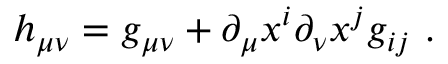
h _ { \mu \nu } = g _ { \mu \nu } + \partial _ { \mu } x ^ { i } \partial _ { \nu } x ^ { j } g _ { i j } \ .